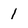
Character: l